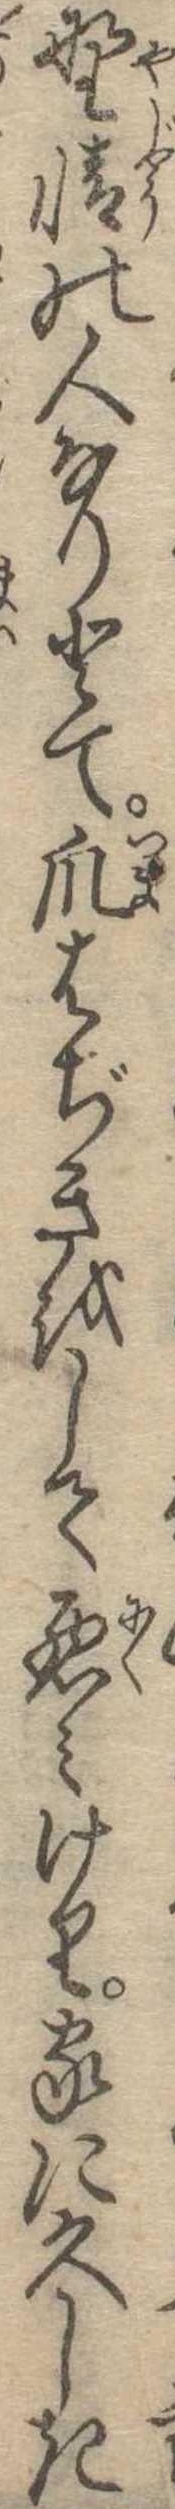
野情の人なりとて爪はぢきをして悪みけり家に久しき